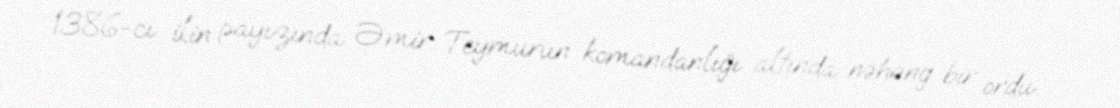
1386-cı ilin payızında Əmir Teymurun komandanlığı altında nəhəng bir ordu